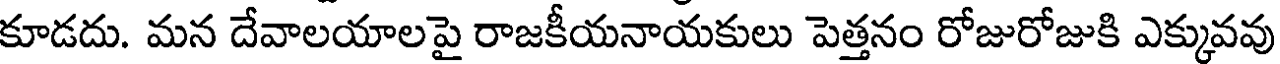
కూడదు. మన దేవాలయాలపై రాజకీయనాయకులు పెత్తనం రోజురోజుకి ఎక్కువవు